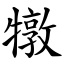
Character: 犜